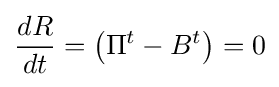
{\frac {dR}{dt}}=\left(\Pi ^{t}-B^{t}\right)=0